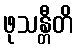
ဖုသန္တီတိ